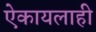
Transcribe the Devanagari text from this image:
ऐकायलाही